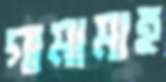
গামামাহ